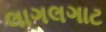
લાગલગાટ